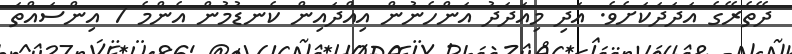
ދޭތެރޭގެ އަދަދަކަށެވެ. އަދި މިއަދަދު އަންހެނުން އިއްދައިން ކެނޑުމުން އެންމެ 7 އިންސައްތަ